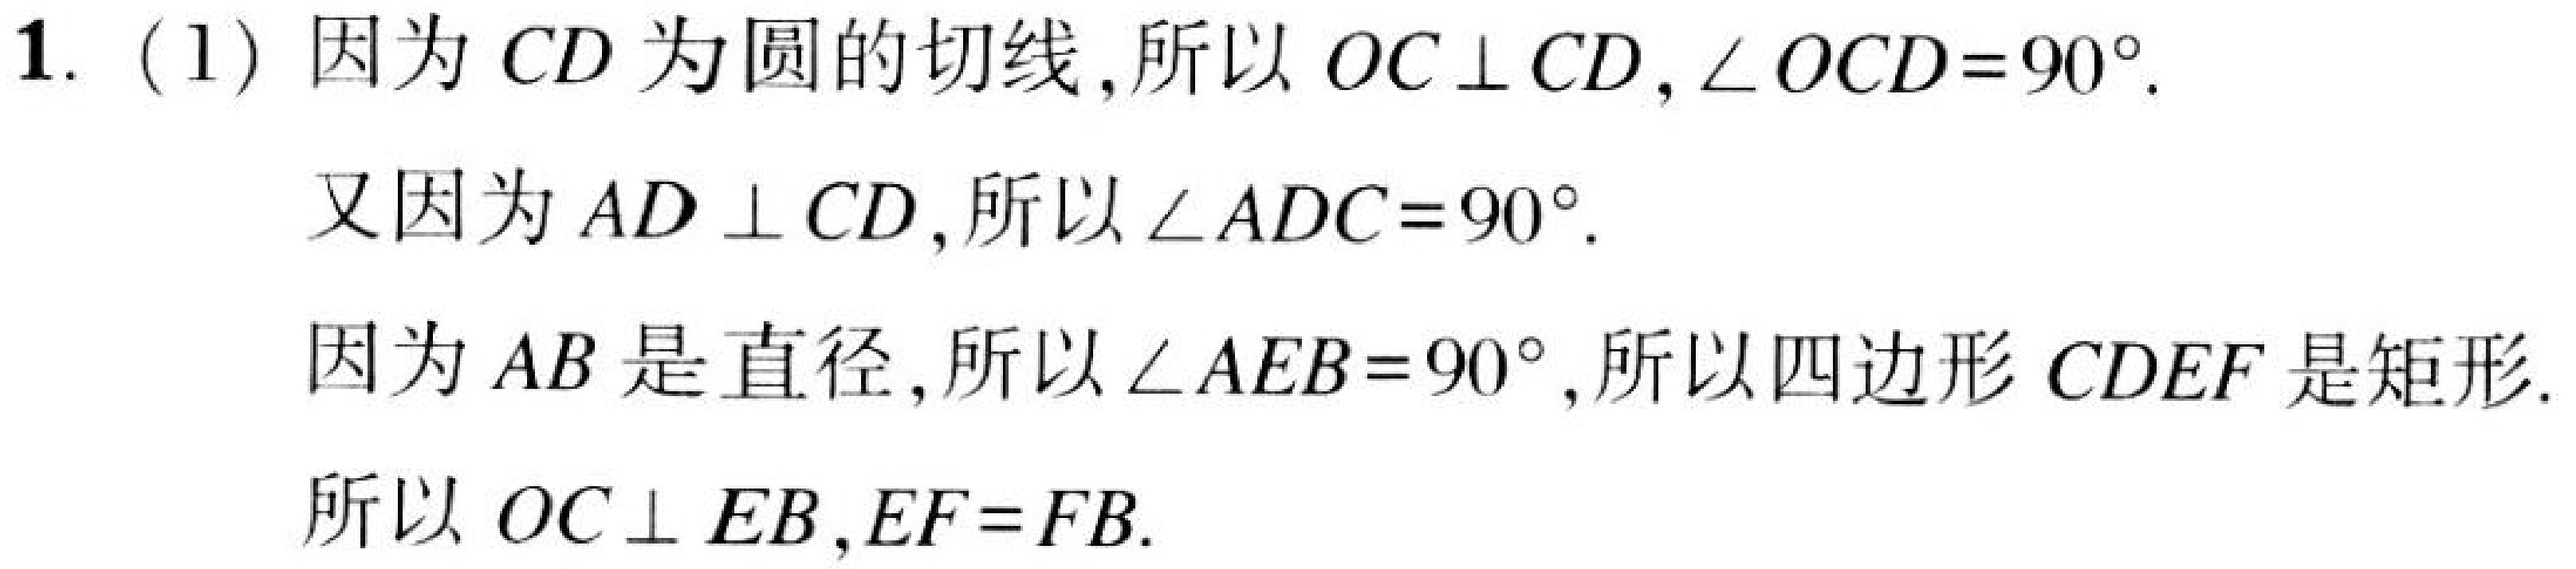
1. (1) 因为 \(CD\) 为圆的切线,所以 \(OC\perp CD,\angle OCD = 90^{\circ}\).
又因为 \(AD\perp CD\),所以 \(\angle ADC = 90^{\circ}\).
因为 \(AB\) 是直径,所以 \(\angle AEB = 90^{\circ}\),所以四边形 \(CDEF\) 是矩形.
所以 \(OC\perp EB,EF = FB\).